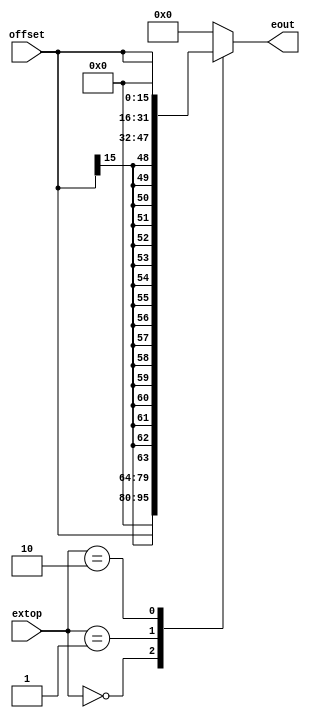
`timescale  1ns / 1ps
module ext (offset,extop,eout);
    input [15:0] offset;
    input [1:0] extop;
    output reg[31:0] eout;

    always @(*)
    begin
        case(extop)
            2'b00:eout<={{16{1'b0}},offset[15:0]};
            2'b01:eout<={{16{offset[15]}},offset[15:0]};
            2'b10:eout<={offset[15:0],{16{1'b0}}};
            default:eout<=0;
        endcase
    end
endmodule //ext